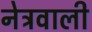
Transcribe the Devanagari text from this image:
नेत्रवाली